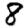
Digit: 8